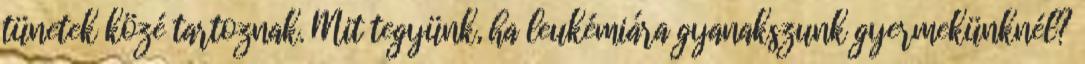
tünetek közé tartoznak. Mit tegyünk, ha leukémiára gyanakszunk gyermekünknél?